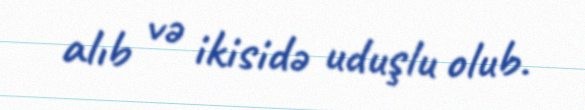
alıb və ikisidə uduşlu olub.